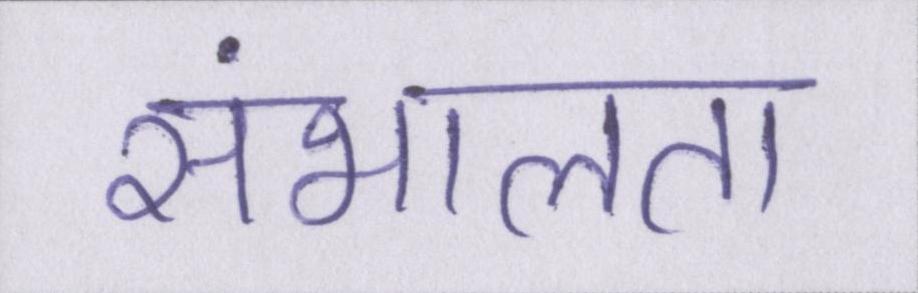
संभालता